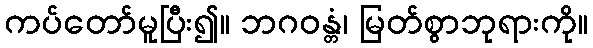
ကပ်တော်မူပြီး၍။ ဘဂဝန္တံ၊ မြတ်စွာဘုရားကို။